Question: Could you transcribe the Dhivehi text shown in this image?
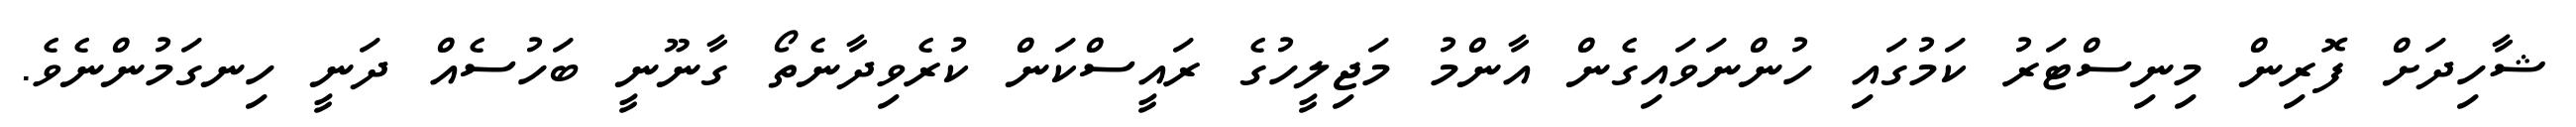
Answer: ޝާހިދަށް ފޮރިން މިނިސްޓަރު ކަމުގައި ހުންނަވައިގެން އާންމު މަޖިލީހުގެ ރައީސްކަން ކުރެވިދާނެތޯ ގާނޫނީ ބަހުސެއް ދަނީ ހިނގަމުންނެވެ.